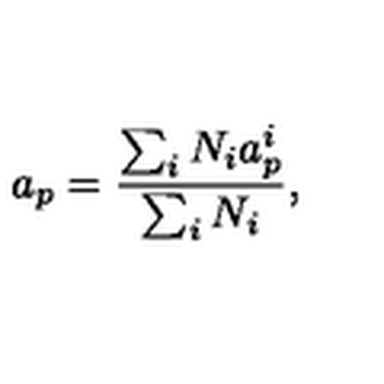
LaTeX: a _ { p } = { \frac { \sum _ { i } N _ { i } a _ { p } ^ { i } } { \sum _ { i } N _ { i } } } ,